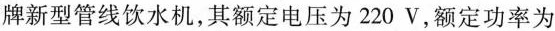
牌新型管线饮水机，其额定电压为220V，额定功率为